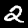
Digit: 2